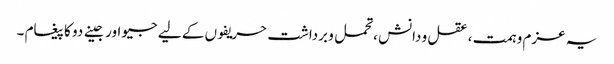
یہ عزم و ہمت ، عقل و دانش ،تحمل و برداشت حریفوں کے لیے جیو اور جینے دو کا پیغام ۔